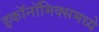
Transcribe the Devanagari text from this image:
इकाॅनाॅमिक्समध्ये